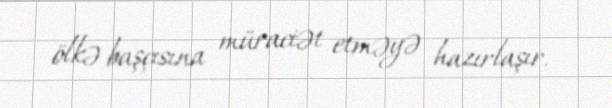
ölkə başçısına müraciət etməyə hazırlaşır.